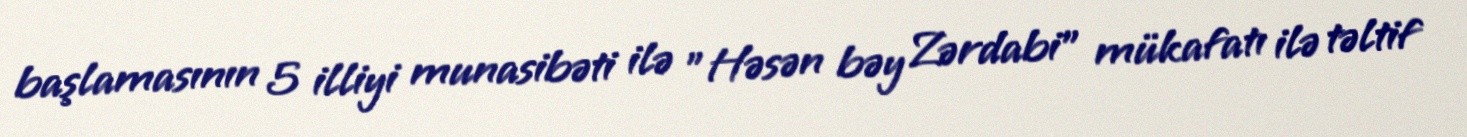
başlamasının 5 illiyi munasibəti ilə "Həsən bəy Zərdabi" mükafatı ilə təltif